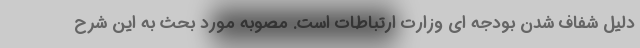
دلیل شفاف شدن بودجه ای وزارت ارتباطات است. مصوبه مورد بحث به این شرح